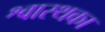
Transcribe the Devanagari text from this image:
श्वास्थका